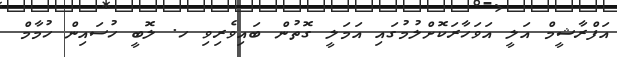
އަފްރާޝީމް އަލީ އަވަހާރަކޮށްލުމުގައި އަމަލީ ގޮތުން ބައިވެރިވި ހ. ލޮބީ ހުސައިން ހުމާމް